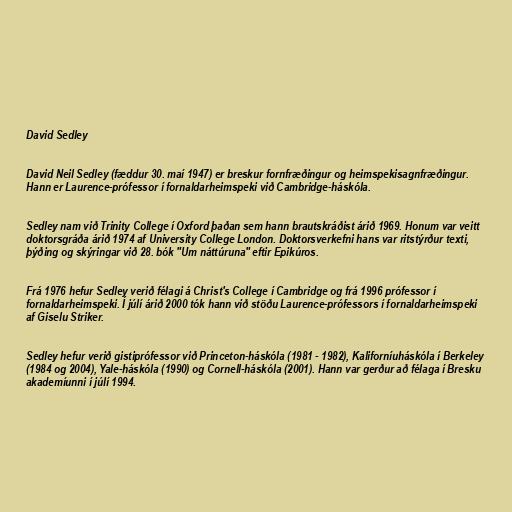
David Sedley

David Neil Sedley (fæddur 30. maí 1947) er breskur fornfræðingur og heimspekisagnfræðingur.
Hann er Laurence-prófessor í fornaldarheimspeki við Cambridge-háskóla.

Sedley nam við Trinity College í Oxford þaðan sem hann brautskráðist árið 1969. Honum var veitt
doktorsgráða árið 1974 af University College London. Doktorsverkefni hans var ritstýrður texti,
þýðing og skýringar við 28. bók "Um náttúruna" eftir Epikúros.

Frá 1976 hefur Sedley verið félagi á Christ's College í Cambridge og frá 1996 prófessor í
fornaldarheimspeki. Í júlí árið 2000 tók hann við stöðu Laurence-prófessors í fornaldarheimspeki
af Giselu Striker.

Sedley hefur verið gistiprófessor við Princeton-háskóla (1981 - 1982), Kaliforníuháskóla í Berkeley
(1984 og 2004), Yale-háskóla (1990) og Cornell-háskóla (2001). Hann var gerður að félaga í Bresku
akademíunni í júlí 1994.